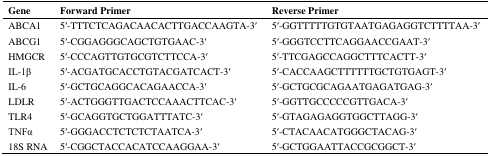
| Gene | Forward Primer | Reverse Primer |
 | --- | --- | --- |
 | ABCA1 | 5′-TTTCTCAGACAACACTTGACCAAGTA-3′ | 5′-GGTTTTTGTGTAATGAGAGGTCTTTTAA-3′ |
 | ABCG1 | 5′-CGGAGGGCAGCTGTGAAC-3′ | 5′-GGGTCCTTCAGGAACCGAAT-3′ |
 | HMGCR | 5′-CCCAGTTGTGCGTCTTCCA-3′ | 5′-TTCGAGCCAGGCTTTCACTT-3′ |
 | IL-1β | 5′-ACGATGCACCTGTACGATCACT-3′ | 5′-CACCAAGCTTTTTTGCTGTGAGT-3′ |
 | IL-6 | 5′-GCTGCAGGCACAGAACCA-3′ | 5′-GCTGCGCAGAATGAGATGAG-3′ |
 | LDLR | 5′-ACTGGGTTGACTCCAAACTTCAC-3′ | 5′-GGTTGCCCCCGTTGACA-3′ |
 | TLR4 | 5′-GCAGGTGCTGGATTTATC-3′ | 5′-GTAGAGAGGTGGCTTAGG-3′ |
 | TNFα | 5′-GGGACCTCTCTCTAATCA-3′ | 5′-CTACAACATGGGCTACAG-3′ |
 | 18S RNA | 5′-CGGCTACCACATCCAAGGAA-3′ | 5′-GCTGGAATTACCGCGGCT-3′ |